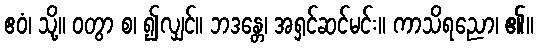
ဧဝံ၊ သို့။ ဝတွာ စ၊ ၍လျှင်။ ဘဒန္တေ၊ အရှင်ဆင်မင်း။ ကာသိရညော၊ ၏။